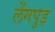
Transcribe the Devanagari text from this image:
लेंगपुइ